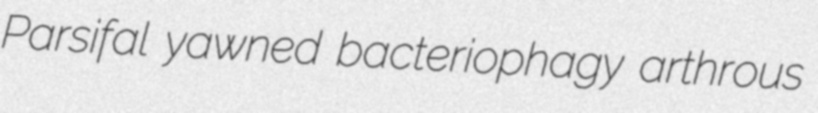
Parsifal yawned bacteriophagy arthrous